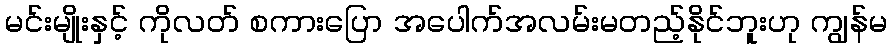
မင်းမျိုးနှင့် ကိုလတ် စကားပြော အပေါက်အလမ်းမတည့်နိုင်ဘူးဟု ကျွန်မ